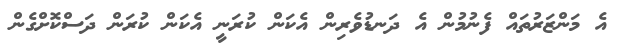
އެ މަންޒަރުތައް ފެނުމުން އެ ދަނޑުވެެރިން އެކަން ކުރަނީ އެކަން ކުރަން ދަސްކޮށްގެން